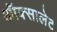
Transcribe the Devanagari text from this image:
ऑक्सालेट